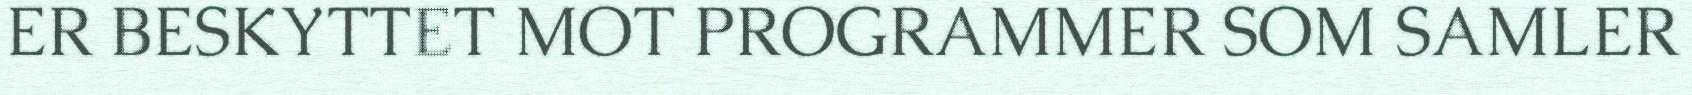
ER BESKYTTET MOT PROGRAMMER SOM SAMLER